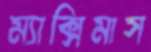
ম্যাক্সিমাস